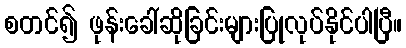
စတင်၍ ဖုန်းခေါ်ဆိုခြင်းများပြုလုပ်နိုင်ပါပြီ။